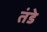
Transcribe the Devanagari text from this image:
तंडे